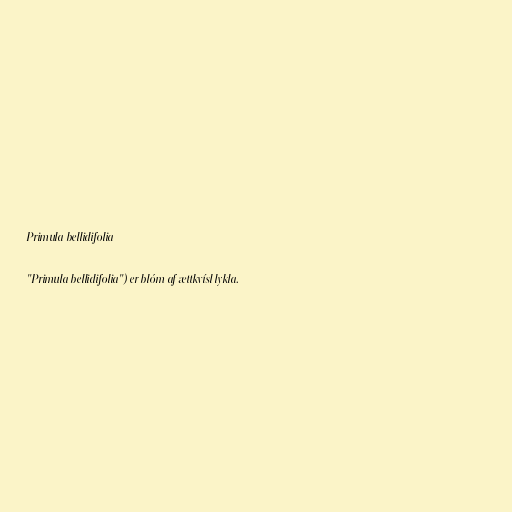
Primula bellidifolia

"Primula bellidifolia") er blóm af ættkvísl lykla.